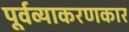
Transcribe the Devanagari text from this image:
पूर्वव्याकरणकार